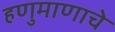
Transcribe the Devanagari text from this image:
हणुमाणाचे